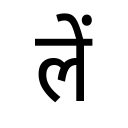
OCR:
लें